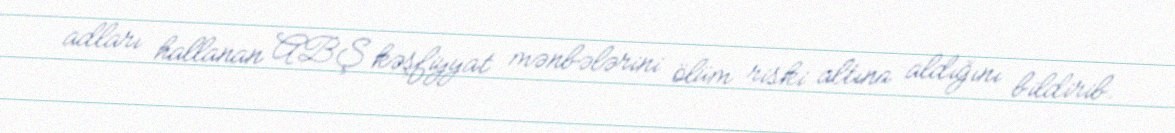
adları hallanan ABŞ kəşfiyyat mənbələrini ölüm riski altına aldığını bildirib.